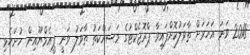
2018 ވަނަ އަހަރަށް ތާވަލުކޮށްފައިވާ ޕްރޮޖެކްޓުގެ މަސައްކަތު ތާވަލު ވަނީ ޕީއެމްޔޫއިން ހުށަހެޅި